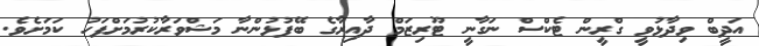
އަދީބް ވިދާޅުވީ ގްރީން ޓެކްސް ނަގާނީ ޓޫރިޒަމް ދާއިރާގެ ބޭފުޅުންނާ މަޝްވަރާކުރުމަށްފަހު ކަމަށެވެ.